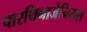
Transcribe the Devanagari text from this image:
पारथिनाजेनिसस